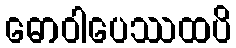
ဓောဝါပေဿထပိ